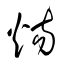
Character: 煬